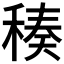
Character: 𥠬